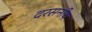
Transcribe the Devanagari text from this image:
दरसनीय